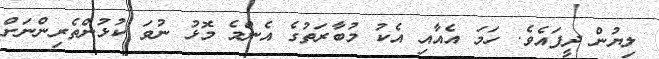
ލިޔުން ދީފައެވެ. ހަމަ އެއާއި އެކު މުބާރަަތުގެ އެންމެ މޮޅު ނުވަ ކުޅުންތެރިންނަށް